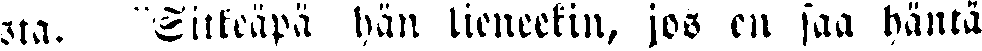
sta. "Sitkeäpä hän lieneekin, jos en saa häntä